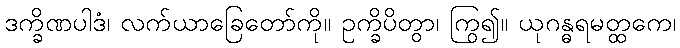
ဒက္ခိဏပါဒံ၊ လက်ယာခြေတော်ကို။ ဥက္ခိပိတွာ၊ ကြွ၍။ ယုဂန္ဓရမတ္ထကေ၊